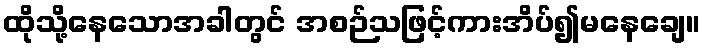
ထိုသို့နေသောအခါတွင် အစဉ်သဖြင့်ကားအိပ်၍မနေချေ။